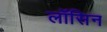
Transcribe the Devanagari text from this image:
लॉसिन